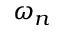
\omega _ { n }